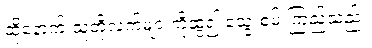
ထို့နောက် သူတို့လက်များကိုဆွဲ၍ သွေးစမ်းကြည့်သည်။